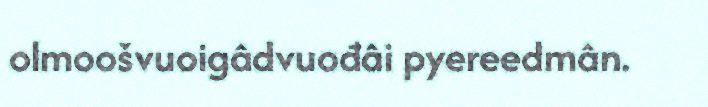
olmoošvuoigâdvuođâi pyereedmân.